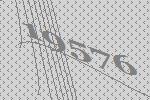
19576